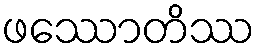
ဖဿောတိဿ